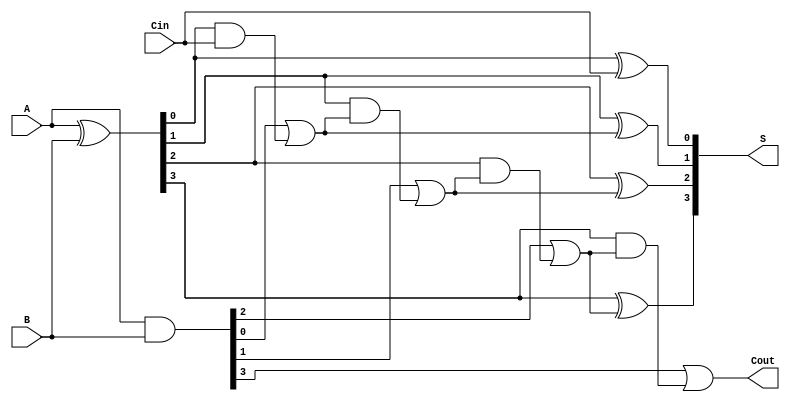
module SklanskyAdder #(parameter n = 4) (
    input  [n-1:0] A,      // First n-bit input
    input  [n-1:0] B,      // Second n-bit input
    input          Cin,     // Carry-in
    output [n-1:0] S,      // n-bit sum output
    output         Cout     // Carry-out
);

    wire [n-1:0] G;        // Generate signals
    wire [n-1:0] P;        // Propagate signals
    wire [n:0] C;          // Carry signals

    // Generate and Propagate calculations
    assign G = A & B;      // G[i] = A[i] & B[i]
    assign P = A ^ B;      // P[i] = A[i] ^ B[i]

    // Carry calculations
    assign C[0] = Cin;     // C[0] = Cin
    genvar i;
    generate
        for (i = 1; i < n; i = i + 1) begin : carry_gen
            assign C[i] = G[i-1] | (P[i-1] & C[i-1]); // C[i] = G[i-1] | (P[i-1] & C[i-1])
        end
    endgenerate
    assign C[n] = G[n-1] | (P[n-1] & C[n-1]); // Cout = G[n-1] | (P[n-1] & C[n-1])

    // Sum calculation
    generate
        for (i = 0; i < n; i = i + 1) begin : sum_gen
            assign S[i] = P[i] ^ C[i]; // S[i] = P[i] ^ C[i]
        end
    endgenerate

    assign Cout = C[n]; // Final carry-out

endmodule